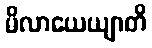
မိလာယေယျာတိ